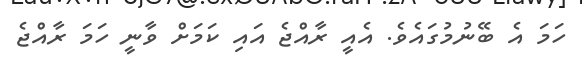
ހަމަ އެ ބޭނުމުގައެވެ. އެއީ ރާއްޖެ އައި ކަަމަށް ވާނީ ހަމަ ރާއްޖެ